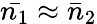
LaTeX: \bar{n_{1}}\approx\bar{n}_{2}